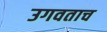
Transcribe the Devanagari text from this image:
उगवताच